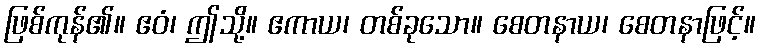
ဖြစ်ကုန်၏။ ဧဝံ၊ ဤသို့။ ဧကာယ၊ တစ်ခုသော။ စေတနာယ၊ စေတနာဖြင့်။